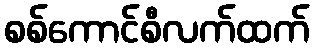
စစ်ကောင်စီလက်ထက်